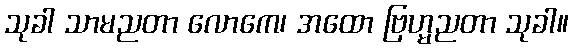
သုခါ သာမညတာ လောကေ၊ အထော ဗြဟ္မညတာ သုခါ။